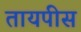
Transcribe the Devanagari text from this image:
तायपीस